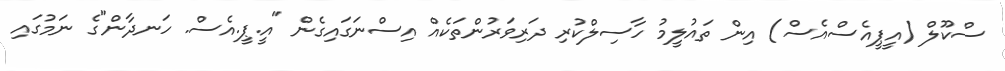
ސްކޫލް (އީޕީއެސްއެސް) އިން ތައުލީމު ހާސިލްކުރި ދަރިވަރުންތަކެއް އިސްނަގައިގެން "އީ.ޕީ.އެސް. ހަނދާން"ގެ ނަމުގައި